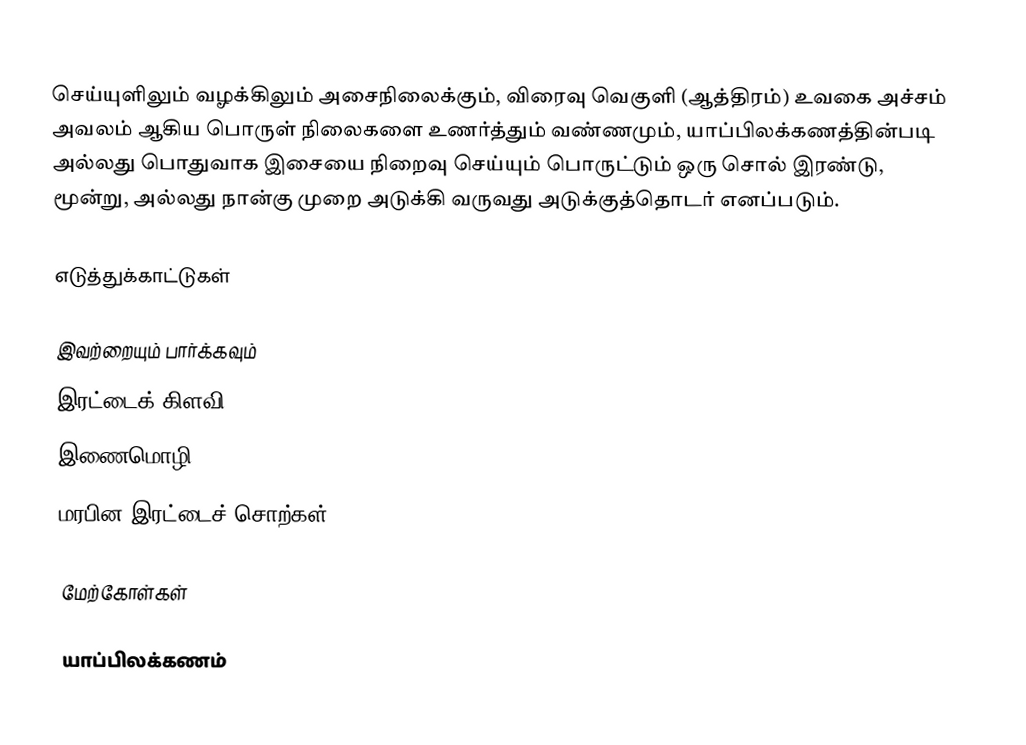
செய்யுளிலும் வழக்கிலும் அசைநிலைக்கும், விரைவு வெகுளி (ஆத்திரம்) உவகை அச்சம் அவலம் ஆகிய பொருள் நிலைகளை உணர்த்தும் வண்ணமும், யாப்பிலக்கணத்தின்படி அல்லது பொதுவாக இசையை நிறைவு செய்யும் பொருட்டும் ஒரு சொல் இரண்டு, மூன்று, அல்லது நான்கு முறை அடுக்கி வருவது அடுக்குத்தொடர் எனப்படும்.

எடுத்துக்காட்டுகள்

இவற்றையும் பார்க்கவும்
 இரட்டைக் கிளவி
 இணைமொழி
 மரபின இரட்டைச் சொற்கள்

மேற்கோள்கள்

யாப்பிலக்கணம்